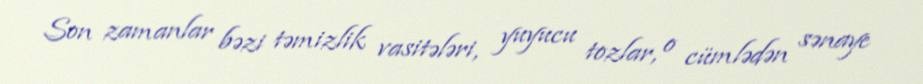
Son zamanlar bəzi təmizlik vasitələri, yuyucu tozlar, o cümlədən sənaye